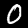
Digit: 0